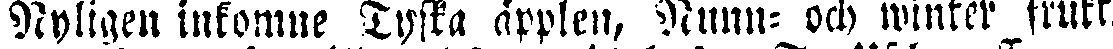
Nyligen inkomne Tyska äpplen, Nunn- och winter frukt,